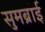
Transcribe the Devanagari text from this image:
सुमब्राई